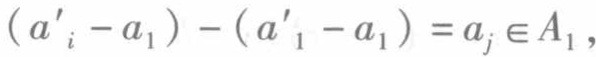
\((a'_i - a_1) - (a'_1 - a_1) = a_j \in A_1\)